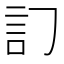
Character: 𧥟